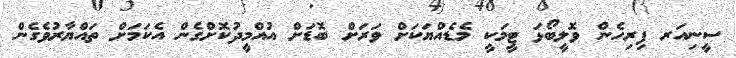
ސީނިއަރ ފިރިހެން ވޮލީބޯޅަ ޓީމަކީ މެޑެއްޔަކަށް ވަރަށް ބޮޑަށް އުއްމީދުކޮށްގެން އެކަމަށް ތައްޔާރުވެގެން